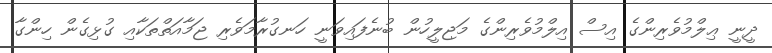
ދީނީ ޢިލްމުވެރިންގެ އިސް އިލްމުވެރިންގެ މަޖިލީހުން ބުނެފައިވަނީ ހަނގުރާމަވެރި ޖަމާއަތްތަކާއި ގުޅިގެން ހިންގާ